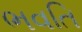
ભવતિ